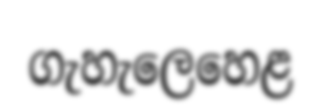
ගැහැලෙහෙළ